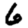
Digit: 6